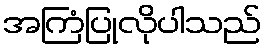
အကြံပြုလိုပါသည်